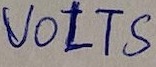
Text: VOLTS